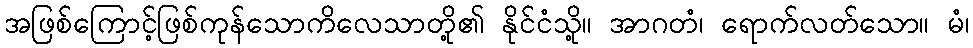
အဖြစ်ကြောင့်ဖြစ်ကုန်သောကိလေသာတို့၏ နိုင်ငံသို့။ အာဂတံ၊ ရောက်လတ်သော။ မံ၊